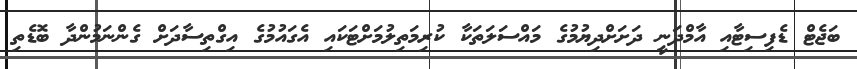
ބަޖެޓް ޑެފިސިޓާއި އާމްދަނީ ދަށަށްދިޔުމުގެ މައްސަލަތަކާ ކުރިމަތިލުމަށްޓަކައި އެގައުމުގެ އިގްތިސާދަށް ގެންނަމުންދާ ބޮޑެތި